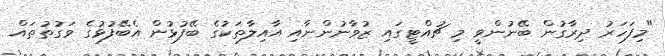
"މިފަހަރު ދިރާގުން ބޭނުންވީ މި ޗުއްޓީގައި ޒުވާނުންނާއި އާއިލާތަކުގެ ބޭފުޅުން އެބޭފުޅުގެ ވަގުތުތައް